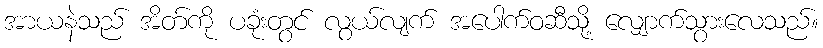
အာယနဲသည် အိတ်ကို ပခုံးတွင် လွယ်လျက် အပေါက်ဝဆီသို့ လျှောက်သွားလေသည်။